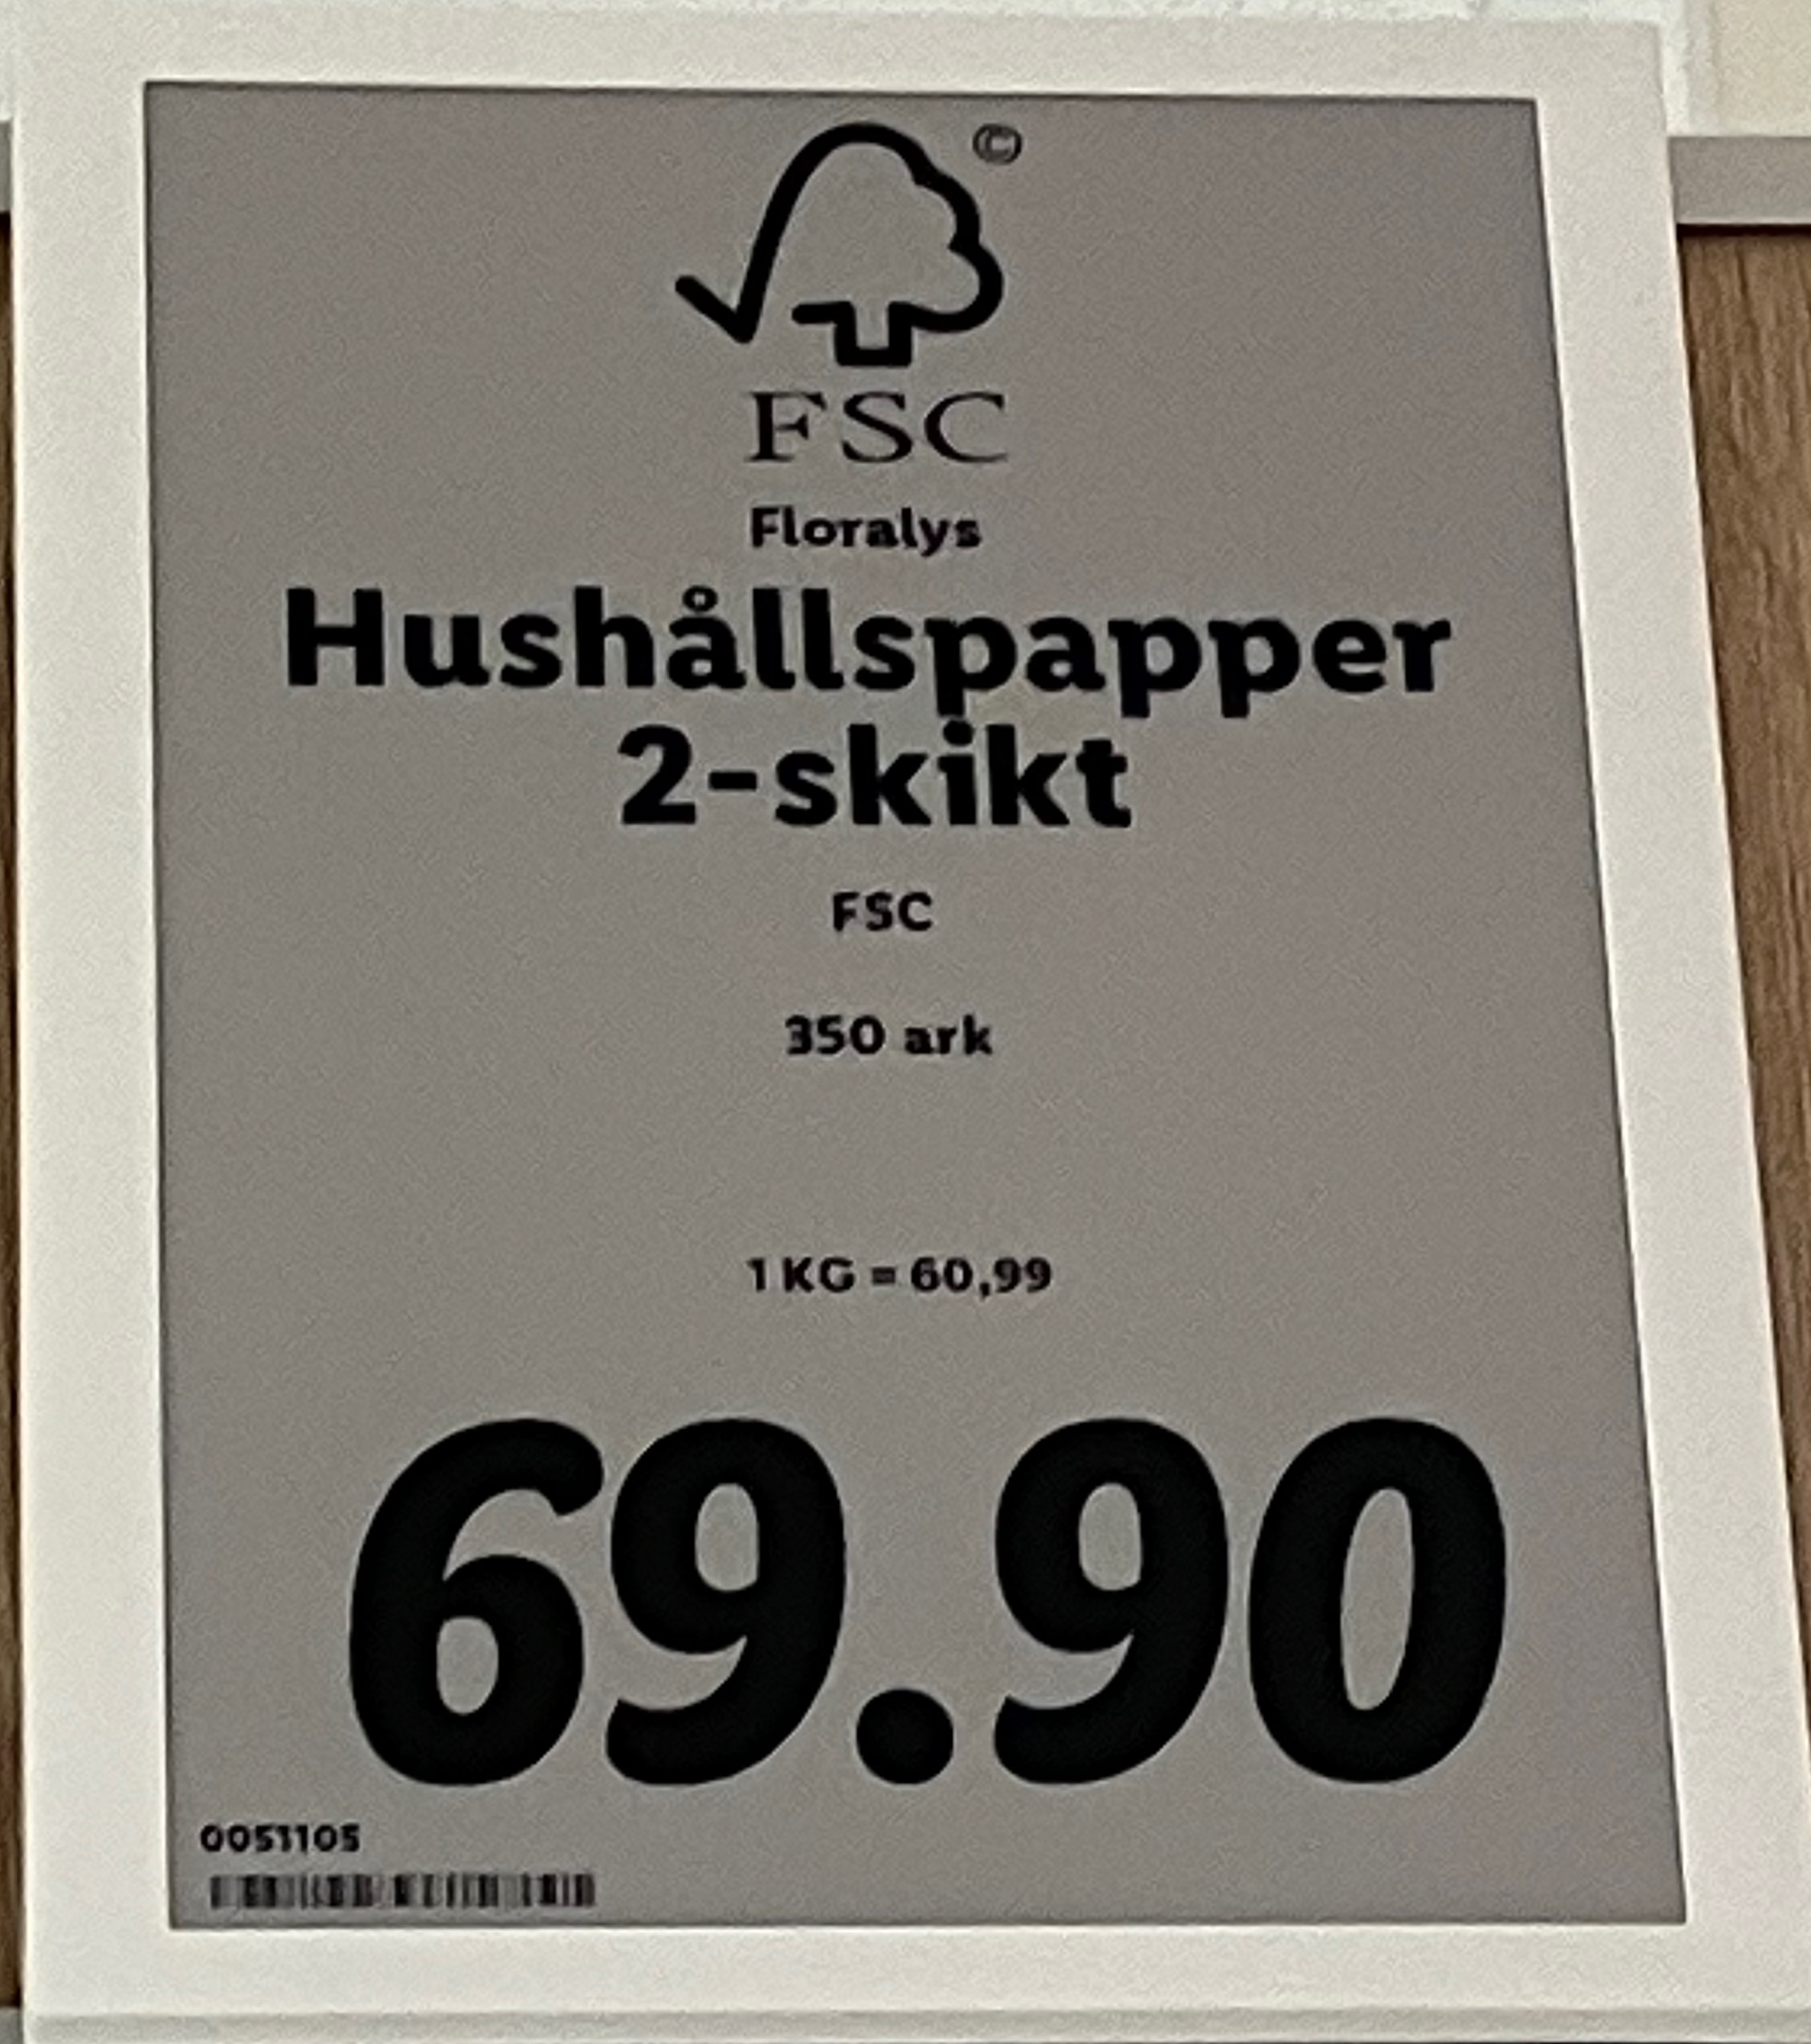
Vara: Hushållspapper 2-skikt
Genomsnittspris: 60.99 per kg